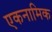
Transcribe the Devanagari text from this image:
एकनामिक